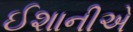
ઈશાનીએ